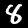
Digit: 8